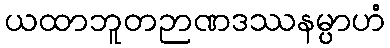
ယထာဘူတဉာဏဒဿနမ္ပာဟံ